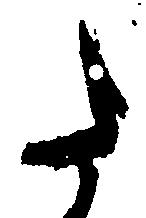
た